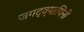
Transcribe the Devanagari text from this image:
जगद्व्यापिनीं